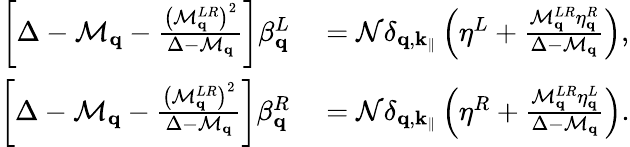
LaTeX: \begin{array}{rl}{\left[\Delta-\mathcal{M}_{\mathbf{q}}-\frac{\left(\mathcal{M}_{\mathbf{q}}^{LR}\right)^{2}}{\Delta-\mathcal{M}_{\mathbf{q}}}\right]\beta_{\mathbf{q}}^{L}}&{{}=\mathcal{N}\delta_{\mathbf{q},\mathbf{k}_{\parallel}}\left(\eta^{L}+\frac{\mathcal{M}_{\mathbf{q}}^{LR}\eta_{\mathbf{q}}^{R}}{\Delta-\mathcal{M}_{\mathbf{q}}}\right),}\\ {\left[\Delta-\mathcal{M}_{\mathbf{q}}-\frac{\left(\mathcal{M}_{\mathbf{q}}^{LR}\right)^{2}}{\Delta-\mathcal{M}_{\mathbf{q}}}\right]\beta_{\mathbf{q}}^{R}}&{{}=\mathcal{N}\delta_{\mathbf{q},\mathbf{k}_{\parallel}}\left(\eta^{R}+\frac{\mathcal{M}_{\mathbf{q}}^{LR}\eta_{\mathbf{q}}^{L}}{\Delta-\mathcal{M}_{\mathbf{q}}}\right).}\end{array}